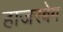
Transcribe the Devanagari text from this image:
हाजरबेग